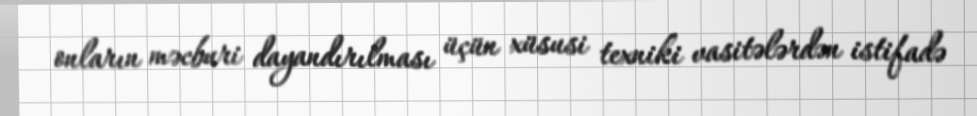
onların məcburi dayandırılması üçün xüsusi texniki vasitələrdən istifadə